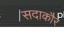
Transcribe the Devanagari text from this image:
सदाकौर